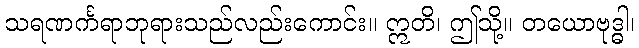
သရဏင်္ကရာဘုရားသည်လည်းကောင်း။ ဣတိ၊ ဤသို့။ တယောဗုဒ္ဓါ၊